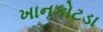
ખાનકોટડા